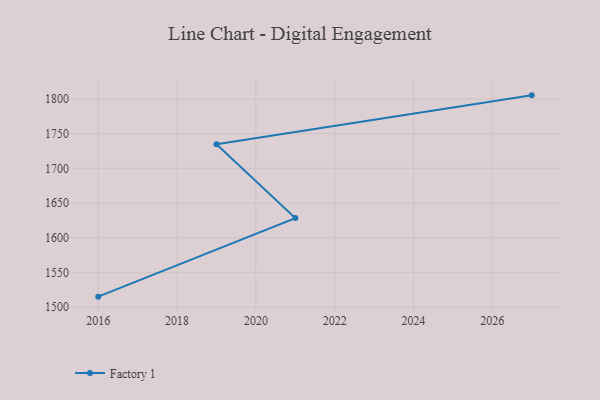
{"axis": {"x": "Year", "y": "Bounce Rate (%)"}, "legend": ["Factory 1"], "data": [{"x": "2016", "y": 1515.0, "type": "Factory 1"}, {"x": "2021", "y": 1628.3, "type": "Factory 1"}, {"x": "2019", "y": 1734.7, "type": "Factory 1"}, {"x": "2027", "y": 1805.2, "type": "Factory 1"}]}